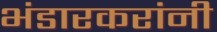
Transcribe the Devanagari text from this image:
भंडारकरांनी